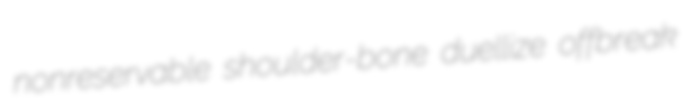
nonreservable shoulder-bone duellize offbreak